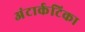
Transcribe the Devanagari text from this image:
अंटार्कटिका